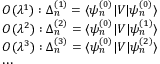
\begin{array} { r l } & { { \cal { O } } ( \lambda ^ { 1 } ) : \Delta _ { n } ^ { ( 1 ) } = \langle \psi _ { n } ^ { ( 0 ) } | V | \psi _ { n } ^ { ( 0 ) } \rangle } \\ & { { \cal { O } } ( \lambda ^ { 2 } ) : \Delta _ { n } ^ { ( 2 ) } = \langle \psi _ { n } ^ { ( 0 ) } | V | \psi _ { n } ^ { ( 1 ) } \rangle } \\ & { { \cal { O } } ( \lambda ^ { 3 } ) : \Delta _ { n } ^ { ( 3 ) } = \langle \psi _ { n } ^ { ( 0 ) } | V | \psi _ { n } ^ { ( 2 ) } \rangle } \\ & { \cdots } \end{array}